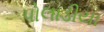
પોલાડીયા